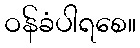
ဝန်ခံပါရစေ။